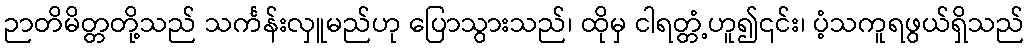
ဉာတိမိတ္တတို့သည် သင်္ကန်းလှူမည်ဟု ပြောသွားသည်၊ ထိုမှ ငါရတ္တံ့ဟူ၍၎င်း၊ ပံ့သကူရဖွယ်ရှိသည်